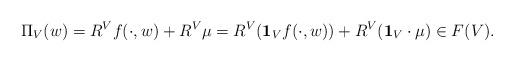
LaTeX: \begin{align*}\Pi_V(w)=R^{V}f(\cdot,w)+R^V\mu=R^{V}(\mathbf1_Vf(\cdot,w))+R^V(\mathbf1_V\cdot\mu)\in F(V).\end{align*}